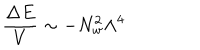
\frac { \Delta E } { V } \sim - N _ { w } ^ { 2 } \Lambda ^ { 4 }